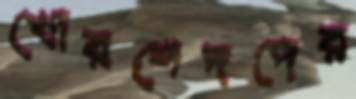
খোরশেদদের